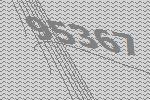
95367